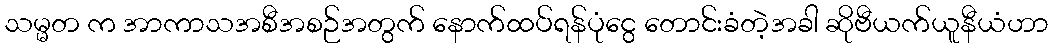
သမ္မတ က အာကာသအစီအစဉ်အတွက် နောက်ထပ်ရန်ပုံငွေ တောင်းခံတဲ့အခါ ဆိုဗီယက်ယူနီယံဟာ